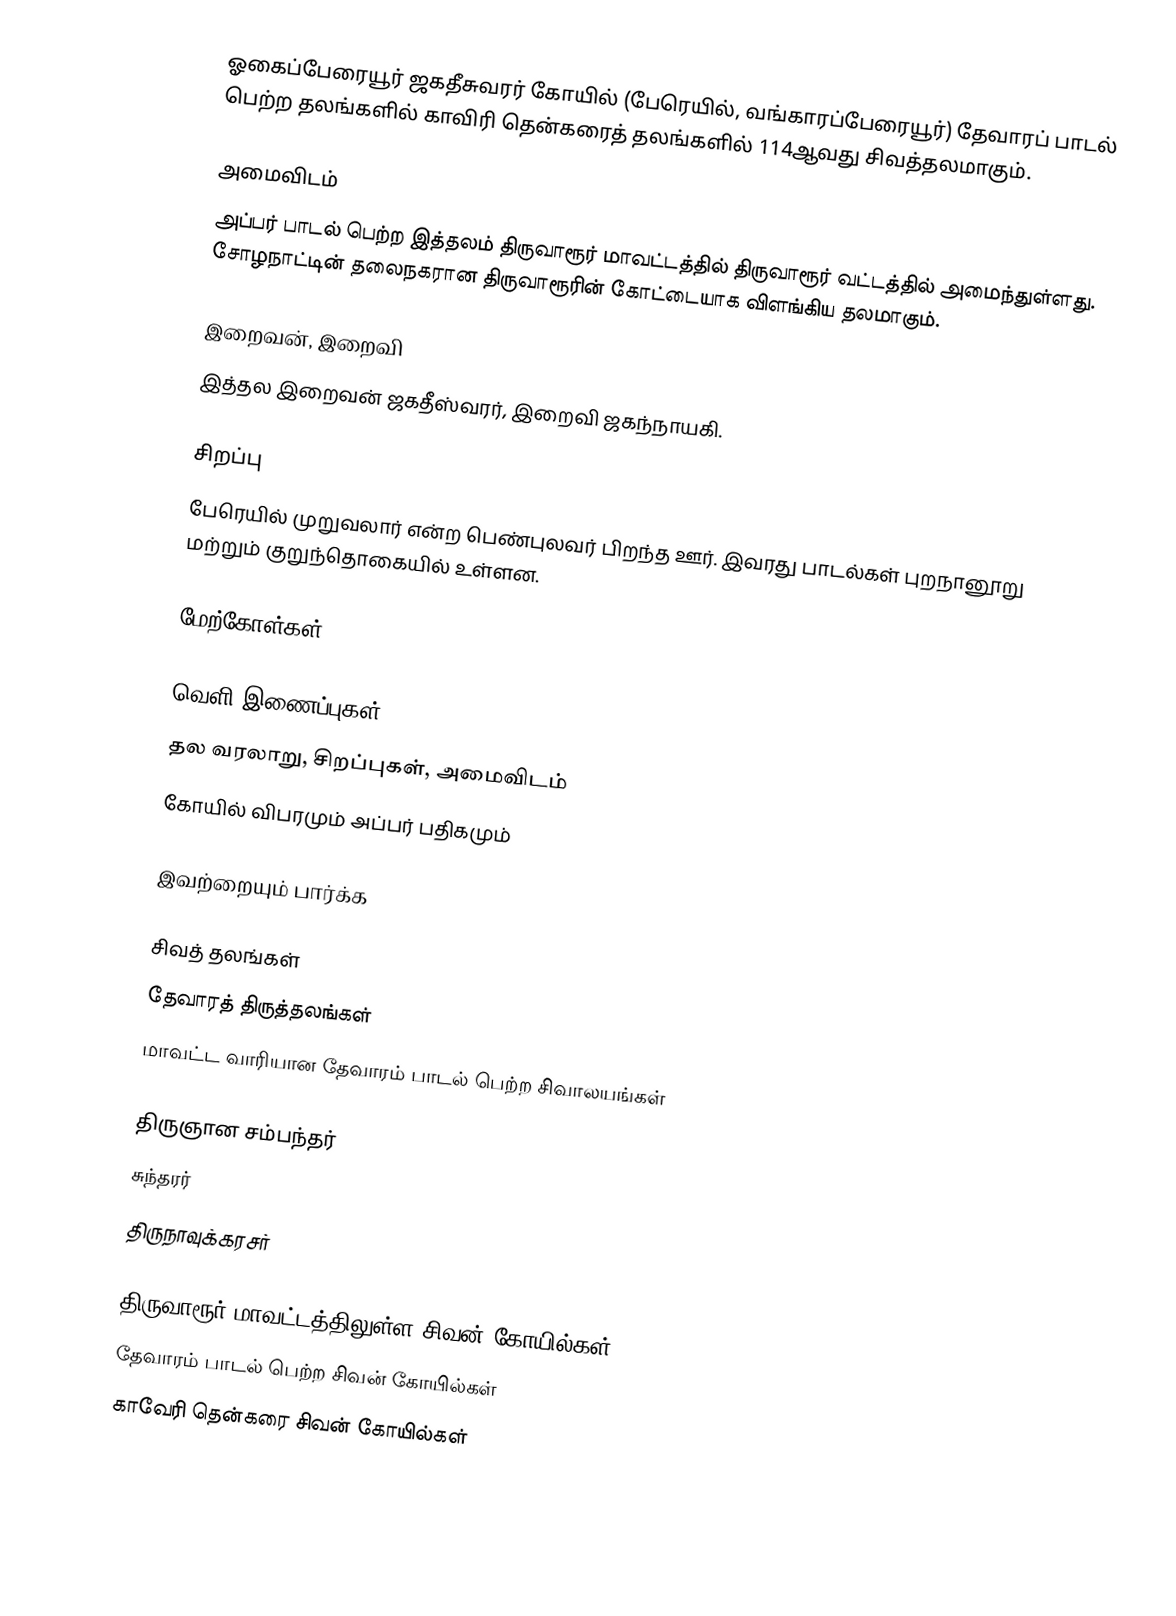
ஓகைப்பேரையூர் ஜகதீசுவரர் கோயில் (பேரெயில், வங்காரப்பேரையூர்) தேவாரப் பாடல் பெற்ற தலங்களில் காவிரி தென்கரைத் தலங்களில் 114ஆவது சிவத்தலமாகும்.

அமைவிடம்
அப்பர் பாடல் பெற்ற இத்தலம் திருவாரூர் மாவட்டத்தில் திருவாரூர் வட்டத்தில் அமைந்துள்ளது. சோழநாட்டின் தலைநகரான திருவாரூரின் கோட்டையாக விளங்கிய தலமாகும்.

இறைவன், இறைவி
இத்தல இறைவன் ஜகதீஸ்வரர், இறைவி ஜகந்நாயகி.

சிறப்பு
பேரெயில் முறுவலார் என்ற பெண்புலவர் பிறந்த ஊர். இவரது பாடல்கள் புறநானூறு மற்றும் குறுந்தொகையில் உள்ளன.

மேற்கோள்கள்

வெளி இணைப்புகள்
 தல வரலாறு, சிறப்புகள், அமைவிடம்
 கோயில் விபரமும் அப்பர் பதிகமும்

இவற்றையும் பார்க்க

 சிவத் தலங்கள்
 தேவாரத் திருத்தலங்கள்
 மாவட்ட வாரியான தேவாரம் பாடல் பெற்ற சிவாலயங்கள்

 திருஞான சம்பந்தர்
 சுந்தரர்
 திருநாவுக்கரசர்

திருவாரூர் மாவட்டத்திலுள்ள சிவன் கோயில்கள்
தேவாரம் பாடல் பெற்ற சிவன் கோயில்கள்
காவேரி தென்கரை சிவன் கோயில்கள்